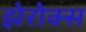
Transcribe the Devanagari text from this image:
झेरोक्स